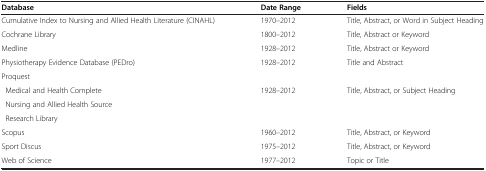
<table><thead><tr><td><b>Database</b></td><td><b>Date Range</b></td><td><b>Fields</b></td></tr></thead><tbody><tr><td>Cumulative Index to Nursing and Allied Health Literature (CINAHL)</td><td>1970–2012</td><td>Title, Abstract, or Word in Subject Heading</td></tr><tr><td>Cochrane Library</td><td>1800–2012</td><td>Title, Abstract or Keyword</td></tr><tr><td>Medline</td><td>1928–2012</td><td>Title, Abstract or Keyword</td></tr><tr><td>Physiotherapy Evidence Database (PEDro)</td><td>1928–2012</td><td>Title and Abstract</td></tr><tr><td colspan="3">Proquest</td></tr><tr><td> Medical and Health Complete</td><td rowspan="3">1928–2012</td><td rowspan="3">Title, Abstract, or Subject Heading</td></tr><tr><td> Nursing and Allied Health Source</td></tr><tr><td> Research Library</td></tr><tr><td>Scopus</td><td>1960–2012</td><td>Title, Abstract, or Keyword</td></tr><tr><td>Sport Discus</td><td>1975–2012</td><td>Title, Abstract, or Keyword</td></tr><tr><td>Web of Science</td><td>1977–2012</td><td>Topic or Title</td></tr></tbody></table>